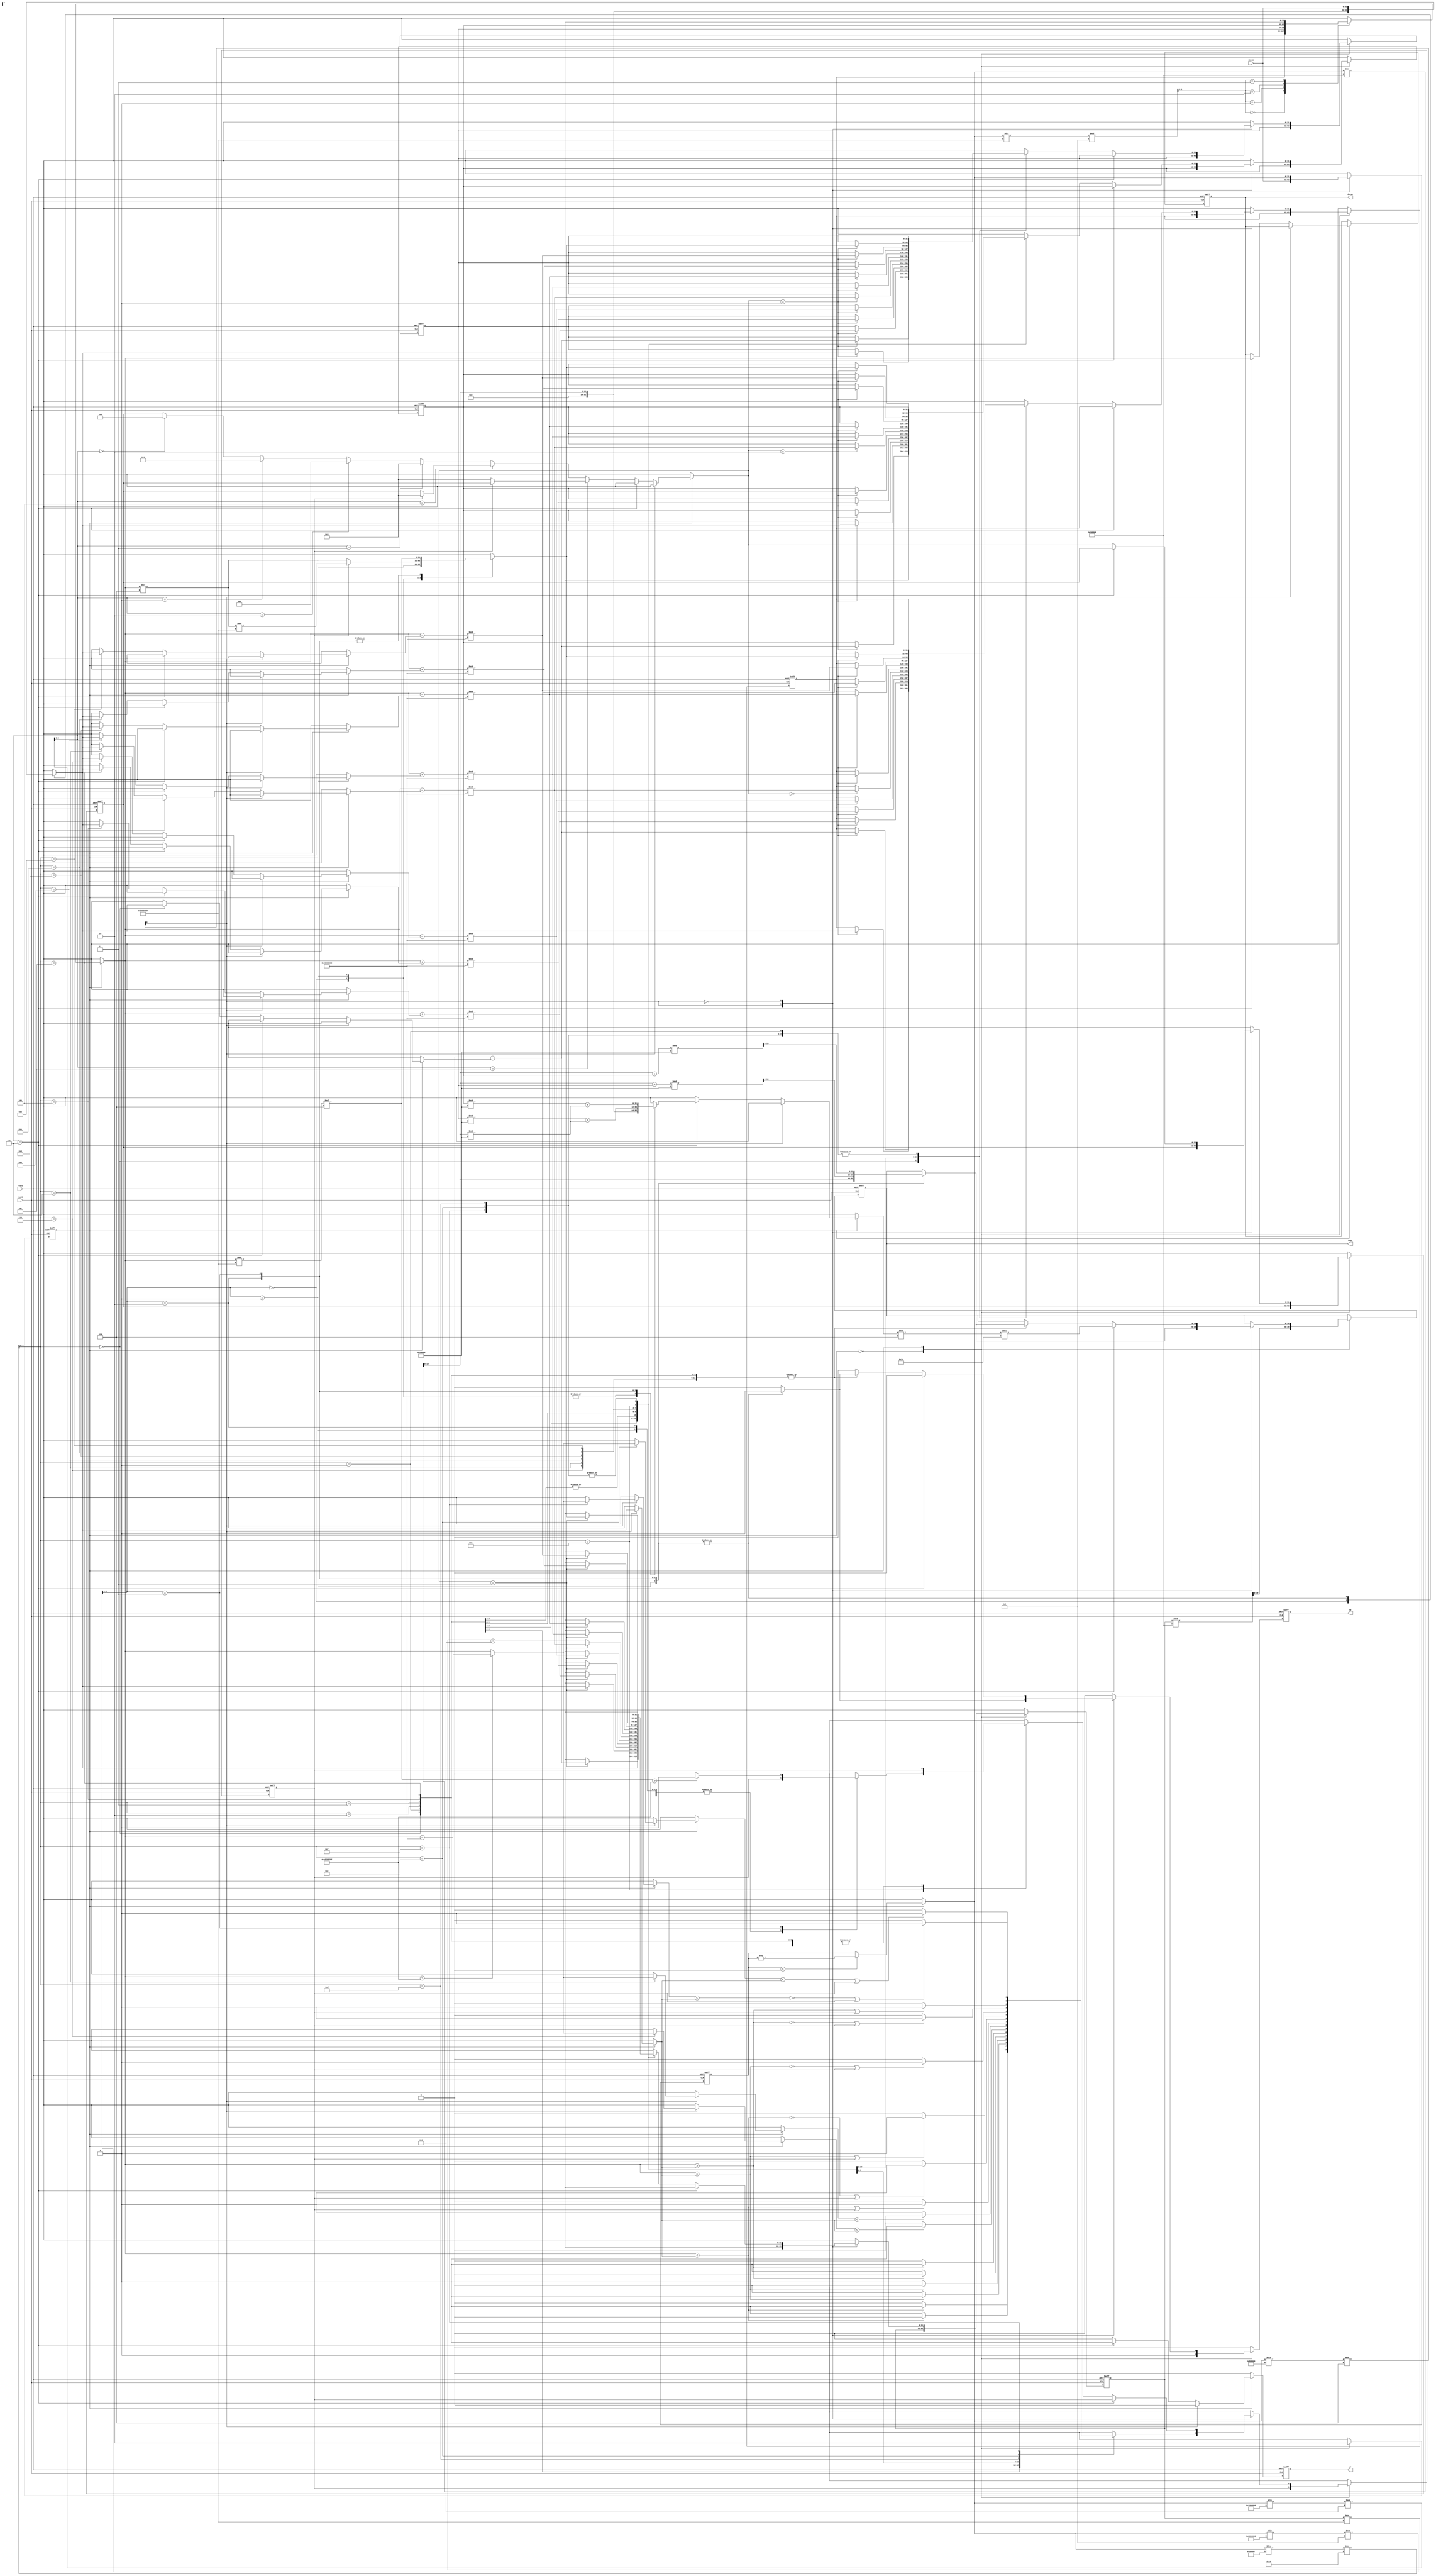
// This program was cloned from: https://github.com/HKUSTGZ-MICS-LYU/FlattenRTL
// License: MIT License

module b14 (
  input clock,
  input reset,
  output reg  [19:0] addr,
  input [31:0] datai,
  output integer datao,
  output reg  rd,
  output reg  wr) ; 
   integer reg0 ;  
   integer reg1 ;  
   integer reg2 ;  
   integer reg3 ;  
   reg B ;  
   reg [19:0] MAR ;  
   integer MBR ;  
   reg [1:0] mf ;  
   reg [2:0] df ;  
   reg [0:0] cf ;  
   reg [3:0] ff ;  
   reg [19:0] tail ;  
   integer IR ;  
   reg [0:0] state ;  
   integer r ;  
   integer m ;  
   integer t ;  
   integer d ;  
   integer temp ;  
   reg [1:0] s ;  
 parameter FETCH =0; 
 parameter EXEC =1; 
  always @(  posedge clock or  posedge reset)
       begin 
         if (reset==1'b1)
            begin 
              MAR =0;
              MBR =0;
              IR =0;
              d =0;
              r =0;
              m =0;
              s =0;
              temp =0;
              mf =0;
              df =0;
              ff =0;
              cf =0;
              tail =0;
              B =1'b0;
              reg0 =0;
              reg1 =0;
              reg2 =0;
              reg3 =0;
              addr <=0;
              rd <=1'b0;
              wr <=1'b0;
              datao <=0;
              state =FETCH;
            end 
          else 
            begin 
              rd <=1'b0;
              wr <=1'b0;
              case (state)
               FETCH :
                  begin 
                    MAR =reg3%2**20;
                    addr <=MAR;
                    rd <=1'b1;
                    MBR =datai;
                    IR =MBR;
                    state =EXEC;
                  end 
               EXEC :
                  begin 
                    if (IR<0)
                       IR =-IR;
                    mf =(IR/2**27)%4;
                    df =(IR/2**24)%2**3;
                    ff =(IR/2**19)%2**4;
                    cf =(IR/2**23)%2;
                    tail =IR%2**20;
                    reg3 =((reg3%2**29)+8);
                    s =(IR/2**29)%4;
                    case (s)
                     0 :
                        r =reg0;
                     1 :
                        r =reg1;
                     2 :
                        r =reg2;
                     3 :
                        r =reg3;
                    endcase 
                    case (cf)
                     1 :
                        begin 
                          case (mf)
                           0 :
                              m =tail;
                           1 :
                              begin 
                                m =datai;
                                addr <=tail;
                                rd <=1'b1;
                              end 
                           2 :
                              begin 
                                addr <=(tail+reg1)%2**20;
                                rd <=1'b1;
                                m =datai;
                              end 
                           3 :
                              begin 
                                addr <=(tail+reg2)%2**20;
                                rd <=1'b1;
                                m =datai;
                              end 
                          endcase 
                          case (ff)
                           0 :
                              if (r<m)
                                 B =1'b1;
                               else 
                                 B =1'b0;
                           1 :
                              if (~(r<m))
                                 B =1'b1;
                               else 
                                 B =1'b0;
                           2 :
                              if (r==m)
                                 B =1'b1;
                               else 
                                 B =1'b0;
                           3 :
                              if (~(r==m))
                                 B =1'b1;
                               else 
                                 B =1'b0;
                           4 :
                              if (~(r>m))
                                 B =1'b1;
                               else 
                                 B =1'b0;
                           5 :
                              if (r>m)
                                 B =1'b1;
                               else 
                                 B =1'b0;
                           6 :
                              begin 
                                if (r>2**30-1)
                                   r =r-2**30;
                                if (r<m)
                                   B =1'b1;
                                 else 
                                   B =1'b0;
                              end 
                           7 :
                              begin 
                                if (r>2**30-1)
                                   r =r-2**30;
                                if (~(r<m))
                                   B =1'b1;
                                 else 
                                   B =1'b0;
                              end 
                           8 :
                              if ((r<m)|(B==1'b1))
                                 B =1'b1;
                               else 
                                 B =1'b0;
                           9 :
                              if ((~(r<m))|(B==1'b1))
                                 B =1'b1;
                               else 
                                 B =1'b0;
                           10 :
                              if ((r==m)|(B==1'b1))
                                 B =1'b1;
                               else 
                                 B =1'b0;
                           11 :
                              if ((~(r==m))|(B==1'b1))
                                 B =1'b1;
                               else 
                                 B =1'b0;
                           12 :
                              if ((~(r>m))|(B==1'b1))
                                 B =1'b1;
                               else 
                                 B =1'b0;
                           13 :
                              if ((r>m)|(B==1'b1))
                                 B =1'b1;
                               else 
                                 B =1'b0;
                           14 :
                              begin 
                                if (r>2**30-1)
                                   r =r-2**30;
                                if ((r<m)|(B==1'b1))
                                   B =1'b1;
                                 else 
                                   B =1'b0;
                              end 
                           15 :
                              begin 
                                if (r>2**30-1)
                                   r =r-2**30;
                                if ((~(r<m))|(B==1'b1))
                                   B =1'b1;
                                 else 
                                   B =1'b0;
                              end 
                          endcase 
                        end 
                     0 :
                        if (~(df==7))
                           begin 
                             if (df==5)
                                begin 
                                  if ((~(B))==1'b1)
                                     d =3;
                                end 
                              else 
                                if (df==4)
                                   begin 
                                     if (B==1'b1)
                                        d =3;
                                   end 
                                 else 
                                   if (df==3)
                                      d =3;
                                    else 
                                      if (df==2)
                                         d =2;
                                       else 
                                         if (df==1)
                                            d =1;
                                          else 
                                            if (df==0)
                                               d =0;
                             case (ff)
                              0 :
                                 begin 
                                   case (mf)
                                    0 :
                                       m =tail;
                                    1 :
                                       begin 
                                         m =datai;
                                         addr <=tail;
                                         rd <=1'b1;
                                       end 
                                    2 :
                                       begin 
                                         addr <=(tail+reg1)%2**20;
                                         rd <=1'b1;
                                         m =datai;
                                       end 
                                    3 :
                                       begin 
                                         addr <=(tail+reg2)%2**20;
                                         rd <=1'b1;
                                         m =datai;
                                       end 
                                   endcase 
                                   t =0;
                                   case (d)
                                    0 :
                                       reg0 =t-m;
                                    1 :
                                       reg1 =t-m;
                                    2 :
                                       reg2 =t-m;
                                    3 :
                                       reg3 =t-m;
                                    default :;
                                   endcase 
                                 end 
                              1 :
                                 begin 
                                   case (mf)
                                    0 :
                                       m =tail;
                                    1 :
                                       begin 
                                         m =datai;
                                         addr <=tail;
                                         rd <=1'b1;
                                       end 
                                    2 :
                                       begin 
                                         addr <=(tail+reg1)%2**20;
                                         rd <=1'b1;
                                         m =datai;
                                       end 
                                    3 :
                                       begin 
                                         addr <=(tail+reg2)%2**20;
                                         rd <=1'b1;
                                         m =datai;
                                       end 
                                   endcase 
                                   reg2 =reg3;
                                   reg3 =m;
                                 end 
                              2 :
                                 begin 
                                   case (mf)
                                    0 :
                                       m =tail;
                                    1 :
                                       begin 
                                         m =datai;
                                         addr <=tail;
                                         rd <=1'b1;
                                       end 
                                    2 :
                                       begin 
                                         addr <=(tail+reg1)%2**20;
                                         rd <=1'b1;
                                         m =datai;
                                       end 
                                    3 :
                                       begin 
                                         addr <=(tail+reg2)%2**20;
                                         rd <=1'b1;
                                         m =datai;
                                       end 
                                   endcase 
                                   case (d)
                                    0 :
                                       reg0 =m;
                                    1 :
                                       reg1 =m;
                                    2 :
                                       reg2 =m;
                                    3 :
                                       reg3 =m;
                                    default :;
                                   endcase 
                                 end 
                              3 :
                                 begin 
                                   case (mf)
                                    0 :
                                       m =tail;
                                    1 :
                                       begin 
                                         m =datai;
                                         addr <=tail;
                                         rd <=1'b1;
                                       end 
                                    2 :
                                       begin 
                                         addr <=(tail+reg1)%2**20;
                                         rd <=1'b1;
                                         m =datai;
                                       end 
                                    3 :
                                       begin 
                                         addr <=(tail+reg2)%2**20;
                                         rd <=1'b1;
                                         m =datai;
                                       end 
                                   endcase 
                                   case (d)
                                    0 :
                                       reg0 =m;
                                    1 :
                                       reg1 =m;
                                    2 :
                                       reg2 =m;
                                    3 :
                                       reg3 =m;
                                    default :;
                                   endcase 
                                 end 
                              4 :
                                 begin 
                                   case (mf)
                                    0 :
                                       m =tail;
                                    1 :
                                       begin 
                                         m =datai;
                                         addr <=tail;
                                         rd <=1'b1;
                                       end 
                                    2 :
                                       begin 
                                         addr <=(tail+reg1)%2**20;
                                         rd <=1'b1;
                                         m =datai;
                                       end 
                                    3 :
                                       begin 
                                         addr <=(tail+reg2)%2**20;
                                         rd <=1'b1;
                                         m =datai;
                                       end 
                                   endcase 
                                   case (d)
                                    0 :
                                       reg0 =(r+m)%2**30;
                                    1 :
                                       reg1 =(r+m)%2**30;
                                    2 :
                                       reg2 =(r+m)%2**30;
                                    3 :
                                       reg3 =(r+m)%2**30;
                                    default :;
                                   endcase 
                                 end 
                              5 :
                                 begin 
                                   case (mf)
                                    0 :
                                       m =tail;
                                    1 :
                                       begin 
                                         m =datai;
                                         addr <=tail;
                                         rd <=1'b1;
                                       end 
                                    2 :
                                       begin 
                                         addr <=(tail+reg1)%2**20;
                                         rd <=1'b1;
                                         m =datai;
                                       end 
                                    3 :
                                       begin 
                                         addr <=(tail+reg2)%2**20;
                                         rd <=1'b1;
                                         m =datai;
                                       end 
                                   endcase 
                                   case (d)
                                    0 :
                                       reg0 =(r+m)%2**30;
                                    1 :
                                       reg1 =(r+m)%2**30;
                                    2 :
                                       reg2 =(r+m)%2**30;
                                    3 :
                                       reg3 =(r+m)%2**30;
                                    default :;
                                   endcase 
                                 end 
                              6 :
                                 begin 
                                   case (mf)
                                    0 :
                                       m =tail;
                                    1 :
                                       begin 
                                         m =datai;
                                         addr <=tail;
                                         rd <=1'b1;
                                       end 
                                    2 :
                                       begin 
                                         addr <=(tail+reg1)%2**20;
                                         rd <=1'b1;
                                         m =datai;
                                       end 
                                    3 :
                                       begin 
                                         addr <=(tail+reg2)%2**20;
                                         rd <=1'b1;
                                         m =datai;
                                       end 
                                   endcase 
                                   case (d)
                                    0 :
                                       reg0 =(r-m)%2**30;
                                    1 :
                                       reg1 =(r-m)%2**30;
                                    2 :
                                       reg2 =(r-m)%2**30;
                                    3 :
                                       reg3 =(r-m)%2**30;
                                    default :;
                                   endcase 
                                 end 
                              7 :
                                 begin 
                                   case (mf)
                                    0 :
                                       m =tail;
                                    1 :
                                       begin 
                                         m =datai;
                                         addr <=tail;
                                         rd <=1'b1;
                                       end 
                                    2 :
                                       begin 
                                         addr <=(tail+reg1)%2**20;
                                         rd <=1'b1;
                                         m =datai;
                                       end 
                                    3 :
                                       begin 
                                         addr <=(tail+reg2)%2**20;
                                         rd <=1'b1;
                                         m =datai;
                                       end 
                                   endcase 
                                   case (d)
                                    0 :
                                       reg0 =(r-m)%2**30;
                                    1 :
                                       reg1 =(r-m)%2**30;
                                    2 :
                                       reg2 =(r-m)%2**30;
                                    3 :
                                       reg3 =(r-m)%2**30;
                                    default :;
                                   endcase 
                                 end 
                              8 :
                                 begin 
                                   case (mf)
                                    0 :
                                       m =tail;
                                    1 :
                                       begin 
                                         m =datai;
                                         addr <=tail;
                                         rd <=1'b1;
                                       end 
                                    2 :
                                       begin 
                                         addr <=(tail+reg1)%2**20;
                                         rd <=1'b1;
                                         m =datai;
                                       end 
                                    3 :
                                       begin 
                                         addr <=(tail+reg2)%2**20;
                                         rd <=1'b1;
                                         m =datai;
                                       end 
                                   endcase 
                                   case (d)
                                    0 :
                                       reg0 =(r+m)%2**30;
                                    1 :
                                       reg1 =(r+m)%2**30;
                                    2 :
                                       reg2 =(r+m)%2**30;
                                    3 :
                                       reg3 =(r+m)%2**30;
                                    default :;
                                   endcase 
                                 end 
                              9 :
                                 begin 
                                   case (mf)
                                    0 :
                                       m =tail;
                                    1 :
                                       begin 
                                         m =datai;
                                         addr <=tail;
                                         rd <=1'b1;
                                       end 
                                    2 :
                                       begin 
                                         addr <=(tail+reg1)%2**20;
                                         rd <=1'b1;
                                         m =datai;
                                       end 
                                    3 :
                                       begin 
                                         addr <=(tail+reg2)%2**20;
                                         rd <=1'b1;
                                         m =datai;
                                       end 
                                   endcase 
                                   case (d)
                                    0 :
                                       reg0 =(r-m)%2**30;
                                    1 :
                                       reg1 =(r-m)%2**30;
                                    2 :
                                       reg2 =(r-m)%2**30;
                                    3 :
                                       reg3 =(r-m)%2**30;
                                    default :;
                                   endcase 
                                 end 
                              10 :
                                 begin 
                                   case (mf)
                                    0 :
                                       m =tail;
                                    1 :
                                       begin 
                                         m =datai;
                                         addr <=tail;
                                         rd <=1'b1;
                                       end 
                                    2 :
                                       begin 
                                         addr <=(tail+reg1)%2**20;
                                         rd <=1'b1;
                                         m =datai;
                                       end 
                                    3 :
                                       begin 
                                         addr <=(tail+reg2)%2**20;
                                         rd <=1'b1;
                                         m =datai;
                                       end 
                                   endcase 
                                   case (d)
                                    0 :
                                       reg0 =(r+m)%2**30;
                                    1 :
                                       reg1 =(r+m)%2**30;
                                    2 :
                                       reg2 =(r+m)%2**30;
                                    3 :
                                       reg3 =(r+m)%2**30;
                                    default :;
                                   endcase 
                                 end 
                              11 :
                                 begin 
                                   case (mf)
                                    0 :
                                       m =tail;
                                    1 :
                                       begin 
                                         m =datai;
                                         addr <=tail;
                                         rd <=1'b1;
                                       end 
                                    2 :
                                       begin 
                                         addr <=(tail+reg1)%2**20;
                                         rd <=1'b1;
                                         m =datai;
                                       end 
                                    3 :
                                       begin 
                                         addr <=(tail+reg2)%2**20;
                                         rd <=1'b1;
                                         m =datai;
                                       end 
                                   endcase 
                                   case (d)
                                    0 :
                                       reg0 =(r-m)%2**30;
                                    1 :
                                       reg1 =(r-m)%2**30;
                                    2 :
                                       reg2 =(r-m)%2**30;
                                    3 :
                                       reg3 =(r-m)%2**30;
                                    default :;
                                   endcase 
                                 end 
                              12 :
                                 begin 
                                   case (mf)
                                    0 :
                                       t =r/2;
                                    1 :
                                       begin 
                                         t =r/2;
                                         if (B==1'b1)
                                            t =t%2**29;
                                       end 
                                    2 :
                                       t =(r%2**29)*2;
                                    3 :
                                       begin 
                                         t =(r%2**29)*2;
                                         if (t>2**30-1)
                                            B =1'b1;
                                          else 
                                            B =1'b0;
                                       end 
                                    default :;
                                   endcase 
                                   case (d)
                                    0 :
                                       reg0 =t;
                                    1 :
                                       reg1 =t;
                                    2 :
                                       reg2 =t;
                                    3 :
                                       reg3 =t;
                                    default :;
                                   endcase 
                                 end 
                              13 ,14,15:;
                             endcase 
                           end 
                         else 
                           if (df==7)
                              begin 
                                case (mf)
                                 0 :
                                    m =tail;
                                 1 :
                                    m =tail;
                                 2 :
                                    m =(reg1%2**20)+(tail%2**20);
                                 3 :
                                    m =(reg2%2**20)+(tail%2**20);
                                endcase 
                                addr <=m%2*20;
                                wr <=1'b1;
                                datao <=r;
                              end 
                    endcase 
                    state =FETCH;
                  end 
              endcase 
            end 
       end
  
endmodule
 
module b15 (
  output reg  [3:0] BE_n,
  output reg  [29:0] Address,
  output reg  W_R_n,
  output reg  D_C_n,
  output reg  M_IO_n,
  output reg  ADS_n,
  input [31:0] Datai,
  output integer Datao,
  input CLOCK,
  input NA_n,
  input BS16_n,
  input READY_n,
  input HOLD,
  input RESET) ; 
   reg StateNA ;  
   reg StateBS16 ;  
   reg RequestPending ;  
 parameter Pending =1'b1; 
 parameter NotPending =1'b0; 
   reg NonAligned ;  
   reg ReadRequest ;  
   reg MemoryFetch ;  
   reg CodeFetch ;  
   reg [3:0] ByteEnable ;  
   integer DataWidth ;  
 parameter WidthByte =0; 
 parameter WidthWord =1; 
 parameter WidthDword =2; 
   reg [2:0] State ;  
 parameter StateInit =0; 
 parameter StateTi =1; 
 parameter StateT1 =2; 
 parameter StateT2 =3; 
 parameter StateT1P =4; 
 parameter StateTh =5; 
 parameter StateT2P =6; 
 parameter StateT2I =7; 
   integer EAX ;  
   integer EBX ;  
   integer rEIP ;  
 parameter REP =8'hF3; 
 parameter REPNE =8'hF2; 
 parameter LOCK =8'hF0; 
 parameter CSsop =8'h2E; 
 parameter SSsop =8'h36; 
 parameter DSsop =8'h3E; 
 parameter ESsop =8'h26; 
 parameter FSsop =8'h64; 
 parameter GSsop =8'h65; 
 parameter OPsop =8'h66; 
 parameter ADsop =8'h67; 
 parameter MOV_al_b =8'hB0; 
 parameter MOV_eax_dw =8'hB8; 
 parameter MOV_ebx_dw =8'hBB; 
 parameter MOV_ebx_eax =8'h89; 
 parameter MOV_eax_ebx =8'h8B; 
 parameter IN_al =8'hE4; 
 parameter OUT_al =8'hE6; 
 parameter ADD_al_b =8'h04; 
 parameter ADD_ax_w =8'h05; 
 parameter ROL_eax_b =8'hD1; 
 parameter ROL_al_1 =8'hD0; 
 parameter ROL_al_n =8'hC0; 
 parameter INC_eax =8'h40; 
 parameter INC_ebx =8'h43; 
 parameter JMP_rel_short =8'hEB; 
 parameter JMP_rel_near =8'hE9; 
 parameter JMP_intseg_immed =8'hEA; 
 parameter HLT =8'hF4; 
 parameter WAITx =8'h9B; 
 parameter NOP =8'h90; 
   reg [7:0] InstQueue[15:0] ;  
   reg [4:0] InstQueueRd_Addr ;  
   reg [4:0] InstQueueWr_Addr ;  
 parameter InstQueueLimit =15; 
   integer InstAddrPointer ;  
   integer PhyAddrPointer ;  
   reg Extended ;  
   reg More ;  
   reg Flush ;  
   reg [15:0] lWord ;  
   reg [14:0] uWord ;  
   integer fWord ;  
   reg [3:0] State2 ;  
 parameter Si =0; 
 parameter S1 =1; 
 parameter S2 =2; 
 parameter S3 =3; 
 parameter S4 =4; 
 parameter S5 =5; 
 parameter S6 =6; 
 parameter S7 =7; 
 parameter S8 =8; 
 parameter S9 =9; 
  always @(  posedge CLOCK or  posedge RESET)
       begin 
         if (RESET==1'b1)
            begin 
              BE_n <=4'b0000;
              Address <=0;
              W_R_n <=1'b0;
              D_C_n <=1'b0;
              M_IO_n <=1'b0;
              ADS_n <=1'b0;
              State <=StateInit;
              StateNA <=1'b0;
              StateBS16 <=1'b0;
              DataWidth <=0;
            end 
          else 
            case (State)
             StateInit :
                begin 
                  D_C_n <=1'b1;
                  ADS_n <=1'b1;
                  State <=StateTi;
                  StateNA <=1'b1;
                  StateBS16 <=1'b1;
                  DataWidth <=2;
                  State <=StateTi;
                end 
             StateTi :
                if (RequestPending==Pending)
                   State <=StateT1;
                 else 
                   if (HOLD==1'b1)
                      State <=StateTh;
                    else 
                      State <=StateTi;
             StateT1 :
                begin 
                  Address <=rEIP/4%2**30;
                  BE_n <=ByteEnable;
                  M_IO_n <=MemoryFetch;
                  if (ReadRequest==Pending)
                     W_R_n <=1'b0;
                   else 
                     W_R_n <=1'b1;
                  if (CodeFetch==Pending)
                     D_C_n <=1'b0;
                   else 
                     D_C_n <=1'b1;
                  ADS_n <=1'b0;
                  State <=StateT2;
                end 
             StateT2 :
                begin 
                  if (READY_n==1'b0&HOLD==1'b0&RequestPending==Pending)
                     State <=StateT1;
                   else 
                     if (READY_n==1'b1&NA_n==1'b1);
                      else 
                        if ((RequestPending==Pending|HOLD==1'b1)&(READY_n==1'b1&NA_n==1'b0))
                           State <=StateT2I;
                         else 
                           if (RequestPending==Pending&HOLD==1'b0&READY_n==1'b1&NA_n==1'b0)
                              State <=StateT2P;
                            else 
                              if (RequestPending==NotPending&HOLD==1'b0&READY_n==1'b0)
                                 State <=StateTi;
                               else 
                                 if (HOLD==1'b1&READY_n==1'b1)
                                    State <=StateTh;
                                  else 
                                    State <=StateT2;
                  StateBS16 <=BS16_n;
                  if (BS16_n==1'b0)
                     DataWidth <=WidthWord;
                   else 
                     DataWidth <=WidthDword;
                  StateNA <=NA_n;
                  ADS_n <=1'b1;
                end 
             StateT1P :
                begin 
                  if (NA_n==1'b0&HOLD==1'b0&RequestPending==Pending)
                     State <=StateT2P;
                   else 
                     if (NA_n==1'b0&(HOLD==1'b1|RequestPending==NotPending))
                        State <=StateT2I;
                      else 
                        if (NA_n==1'b1)
                           State <=StateT2;
                         else 
                           State <=StateT1P;
                  StateBS16 <=BS16_n;
                  if (BS16_n==1'b0)
                     DataWidth <=WidthWord;
                   else 
                     DataWidth <=WidthDword;
                  StateNA <=NA_n;
                  ADS_n <=1'b1;
                end 
             StateTh :
                if (HOLD==1'b0&RequestPending==Pending)
                   State <=StateT1;
                 else 
                   if (HOLD==1'b0&RequestPending==NotPending)
                      State <=StateTi;
                    else 
                      State <=StateTh;
             StateT2P :
                begin 
                  Address <=rEIP/2%2**30;
                  BE_n <=ByteEnable;
                  M_IO_n <=MemoryFetch;
                  if (ReadRequest==Pending)
                     W_R_n <=1'b0;
                   else 
                     W_R_n <=1'b1;
                  if (CodeFetch==Pending)
                     D_C_n <=1'b0;
                   else 
                     D_C_n <=1'b1;
                  ADS_n <=1'b0;
                  if (READY_n==1'b0)
                     State <=StateT1P;
                   else 
                     State <=StateT2P;
                end 
             StateT2I :
                if (READY_n==1'b1&RequestPending==Pending&HOLD==1'b0)
                   State <=StateT2P;
                 else 
                   if (READY_n==1'b0&HOLD==1'b1)
                      State <=StateTh;
                    else 
                      if (READY_n==1'b0&HOLD==1'b0&RequestPending==Pending)
                         State <=StateT1;
                       else 
                         if (READY_n==1'b0&HOLD==1'b0&RequestPending==NotPending)
                            State <=StateTi;
                          else 
                            State <=StateT2I;
            endcase 
       end
  
  always @(  posedge CLOCK or  posedge RESET)
       begin 
         if (RESET==1'b1)
            begin 
              State2 =Si;
              InstQueue [0]=8'b0000_0000;
              InstQueue [1]=8'b0000_0000;
              InstQueue [2]=8'b0000_0000;
              InstQueue [3]=8'b0000_0000;
              InstQueue [4]=8'b0000_0000;
              InstQueue [5]=8'b0000_0000;
              InstQueue [6]=8'b0000_0000;
              InstQueue [7]=8'b0000_0000;
              InstQueue [8]=8'b0000_0000;
              InstQueue [9]=8'b0000_0000;
              InstQueue [10]=8'b0000_0000;
              InstQueue [11]=8'b0000_0000;
              InstQueue [12]=8'b0000_0000;
              InstQueue [13]=8'b0000_0000;
              InstQueue [14]=8'b0000_0000;
              InstQueue [15]=8'b0000_0000;
              InstQueueRd_Addr =0;
              InstQueueWr_Addr =0;
              InstAddrPointer =0;
              PhyAddrPointer =0;
              Extended =1'b0;
              More =1'b0;
              Flush =1'b0;
              lWord =0;
              uWord =0;
              fWord =0;
              CodeFetch <=1'b0;
              Datao <=0;
              EAX <=0;
              EBX <=0;
              rEIP <=0;
              ReadRequest <=1'b0;
              MemoryFetch <=1'b0;
              RequestPending <=1'b0;
            end 
          else 
            case (State2)
             Si :
                begin 
                  PhyAddrPointer =rEIP;
                  InstAddrPointer =PhyAddrPointer;
                  State2 =S1;
                  rEIP <=20'hFFFF0;
                  ReadRequest <=1'b1;
                  MemoryFetch <=1'b1;
                  RequestPending <=1'b1;
                end 
             S1 :
                begin 
                  RequestPending <=Pending;
                  ReadRequest <=Pending;
                  MemoryFetch <=Pending;
                  CodeFetch <=Pending;
                  if (READY_n==1'b0)
                     State2 =S2;
                   else 
                     State2 =S1;
                end 
             S2 :
                begin 
                  RequestPending <=NotPending;
                  InstQueue [InstQueueWr_Addr]=Datai%(2**8);
                  InstQueueWr_Addr =(InstQueueWr_Addr+1)%16;
                  InstQueue [InstQueueWr_Addr]=Datai%2**8;
                  InstQueueWr_Addr =(InstQueueWr_Addr+1)%16;
                  if (StateBS16==1'b1)
                     begin 
                       InstQueue [InstQueueWr_Addr]=(Datai/(2**16))%(2**8);
                       InstQueueWr_Addr =(InstQueueWr_Addr+1)%16;
                       InstQueue [InstQueueWr_Addr]=(Datai/(2**24))%(2**8);
                       InstQueueWr_Addr =(InstQueueWr_Addr+1)%16;
                       PhyAddrPointer =PhyAddrPointer+4;
                       State2 =S5;
                     end 
                   else 
                     begin 
                       PhyAddrPointer =PhyAddrPointer+2;
                       if (PhyAddrPointer<0)
                          rEIP <=-PhyAddrPointer;
                        else 
                          rEIP <=PhyAddrPointer;
                       State2 =S3;
                     end 
                end 
             S3 :
                begin 
                  RequestPending <=Pending;
                  if (READY_n==1'b0)
                     State2 =S4;
                   else 
                     State2 =S3;
                end 
             S4 :
                begin 
                  RequestPending <=NotPending;
                  InstQueue [InstQueueWr_Addr]=Datai%(2**8);
                  InstQueueWr_Addr =(InstQueueWr_Addr+1)%16;
                  InstQueue [InstQueueWr_Addr]=Datai%(2**8);
                  InstQueueWr_Addr =(InstQueueWr_Addr+1)%16;
                  PhyAddrPointer =PhyAddrPointer+2;
                  State2 =S5;
                end 
             S5 :
                begin 
                  case (InstQueue[InstQueueRd_Addr])
                   NOP :
                      begin 
                        InstAddrPointer =InstAddrPointer+1;
                        InstQueueRd_Addr =(InstQueueRd_Addr+1)%16;
                        Flush =1'b0;
                        More =1'b0;
                      end 
                   OPsop :
                      begin 
                        InstAddrPointer =InstAddrPointer+1;
                        InstQueueRd_Addr =(InstQueueRd_Addr+1)%16;
                        Extended =1'b1;
                        Flush =1'b0;
                        More =1'b0;
                      end 
                   JMP_rel_short :
                      if ((InstQueueWr_Addr-InstQueueRd_Addr)>=3)
                         begin 
                           if (InstQueue[(InstQueueRd_Addr+1)%16]>127)
                              begin 
                                PhyAddrPointer =InstAddrPointer+1-(8'hFF-InstQueue[(InstQueueRd_Addr+1)%16]);
                                InstAddrPointer =PhyAddrPointer;
                              end 
                            else 
                              begin 
                                PhyAddrPointer =InstAddrPointer+2+InstQueue[(InstQueueRd_Addr+1)%16];
                                InstAddrPointer =PhyAddrPointer;
                              end 
                           Flush =1'b1;
                           More =1'b0;
                         end 
                       else 
                         begin 
                           Flush =1'b0;
                           More =1'b1;
                         end 
                   JMP_rel_near :
                      if ((InstQueueWr_Addr-InstQueueRd_Addr)>=5)
                         begin 
                           PhyAddrPointer =InstAddrPointer+5+InstQueue[(InstQueueRd_Addr+1)%16];
                           InstAddrPointer =PhyAddrPointer;
                           Flush =1'b1;
                           More =1'b0;
                         end 
                       else 
                         begin 
                           Flush =1'b0;
                           More =1'b1;
                         end 
                   JMP_intseg_immed :
                      begin 
                        InstAddrPointer =InstAddrPointer+1;
                        InstQueueRd_Addr =(InstQueueRd_Addr+1)%16;
                        Flush =1'b0;
                        More =1'b0;
                      end 
                   MOV_al_b :
                      begin 
                        InstAddrPointer =InstAddrPointer+1;
                        InstQueueRd_Addr =(InstQueueRd_Addr+1)%16;
                        Flush =1'b0;
                        More =1'b0;
                      end 
                   MOV_eax_dw :
                      if ((InstQueueWr_Addr-InstQueueRd_Addr)>=5)
                         begin 
                           EAX <=InstQueue[(InstQueueRd_Addr+4)%16]*(2**23)+InstQueue[(InstQueueRd_Addr+3)%16]*(2**16)+InstQueue[(InstQueueRd_Addr+2)%16]*(2**8)+InstQueue[(InstQueueRd_Addr+1)%16];
                           More =1'b0;
                           Flush =1'b0;
                           InstAddrPointer =InstAddrPointer+5;
                           InstQueueRd_Addr =(InstQueueRd_Addr+5)%16;
                         end 
                       else 
                         begin 
                           Flush =1'b0;
                           More =1'b1;
                         end 
                   MOV_ebx_dw :
                      if ((InstQueueWr_Addr-InstQueueRd_Addr)>=5)
                         begin 
                           EBX <=InstQueue[(InstQueueRd_Addr+4)%16]*(2**23)+InstQueue[(InstQueueRd_Addr+3)%16]*(2**16)+InstQueue[(InstQueueRd_Addr+2)%16]*(2**8)+InstQueue[(InstQueueRd_Addr+1)%1];
                           More =1'b0;
                           Flush =1'b0;
                           InstAddrPointer =InstAddrPointer+5;
                           InstQueueRd_Addr =(InstQueueRd_Addr+5)%16;
                         end 
                       else 
                         begin 
                           Flush =1'b0;
                           More =1'b1;
                         end 
                   MOV_eax_ebx :
                      if ((InstQueueWr_Addr-InstQueueRd_Addr)>=2)
                         begin 
                           if (EBX<0)
                              rEIP <=-EBX;
                            else 
                              rEIP <=EBX;
                           RequestPending <=Pending;
                           ReadRequest <=Pending;
                           MemoryFetch <=Pending;
                           CodeFetch <=NotPending;
                           if (READY_n==1'b0)
                              begin 
                                RequestPending <=NotPending;
                                uWord =Datai%(2**15);
                                if (StateBS16==1'b1)
                                   lWord =Datai%(2**16);
                                 else 
                                   begin 
                                     rEIP <=rEIP+2;
                                     RequestPending <=Pending;
                                     if (READY_n==1'b0)
                                        begin 
                                          RequestPending <=NotPending;
                                          lWord =Datai%(2**16);
                                        end 
                                   end 
                                if (READY_n==1'b0)
                                   begin 
                                     EAX <=uWord*(2**16)+lWord;
                                     More =1'b0;
                                     Flush =1'b0;
                                     InstAddrPointer =InstAddrPointer+2;
                                     InstQueueRd_Addr =(InstQueueRd_Addr+2)%16;
                                   end 
                              end 
                         end 
                       else 
                         begin 
                           Flush =1'b0;
                           More =1'b1;
                         end 
                   MOV_ebx_eax :
                      if ((InstQueueWr_Addr-InstQueueRd_Addr)>=2)
                         begin 
                           if (EBX<0)
                              rEIP <=EBX;
                            else 
                              rEIP <=EBX;
                           lWord =EAX%(2**16);
                           uWord =(EAX/(2**16))%(2**15);
                           RequestPending <=Pending;
                           ReadRequest <=NotPending;
                           MemoryFetch <=Pending;
                           CodeFetch <=NotPending;
                           if (State==StateT1|State==StateT1P)
                              begin 
                                Datao <=(uWord*(2**16)+lWord);
                                if (READY_n==1'b0)
                                   begin 
                                     RequestPending <=NotPending;
                                     if (StateBS16==1'b0)
                                        begin 
                                          rEIP <=rEIP+2;
                                          RequestPending <=Pending;
                                          ReadRequest <=NotPending;
                                          MemoryFetch <=Pending;
                                          CodeFetch <=NotPending;
                                          State2 =S6;
                                        end 
                                     More =1'b0;
                                     Flush =1'b0;
                                     InstAddrPointer =InstAddrPointer+2;
                                     InstQueueRd_Addr =(InstQueueRd_Addr+2)%16;
                                   end 
                              end 
                         end 
                       else 
                         begin 
                           Flush =1'b0;
                           More =1'b1;
                         end 
                   IN_al :
                      if ((InstQueueWr_Addr-InstQueueRd_Addr)>=2)
                         begin 
                           rEIP <=InstQueueRd_Addr+1;
                           RequestPending <=Pending;
                           ReadRequest <=Pending;
                           MemoryFetch <=NotPending;
                           CodeFetch <=NotPending;
                           if (READY_n==1'b0)
                              begin 
                                RequestPending <=NotPending;
                                EAX <=Datai;
                                InstAddrPointer =InstAddrPointer+2;
                                InstQueueRd_Addr =(InstQueueRd_Addr+2);
                                Flush =1'b0;
                                More =1'b0;
                              end 
                         end 
                       else 
                         begin 
                           Flush =1'b0;
                           More =1'b1;
                         end 
                   OUT_al :
                      if ((InstQueueWr_Addr-InstQueueRd_Addr)>=2)
                         begin 
                           rEIP <=InstQueueRd_Addr+1;
                           RequestPending <=Pending;
                           ReadRequest <=NotPending;
                           MemoryFetch <=NotPending;
                           CodeFetch <=NotPending;
                           if (State==StateT1|State==StateT1P)
                              begin 
                                fWord =EAX%(2**16);
                                Datao <=fWord;
                                if (READY_n==1'b0)
                                   begin 
                                     RequestPending <=NotPending;
                                     InstAddrPointer =InstAddrPointer+2;
                                     InstQueueRd_Addr =(InstQueueRd_Addr+2)%16;
                                     Flush =1'b0;
                                     More =1'b0;
                                   end 
                              end 
                         end 
                       else 
                         begin 
                           Flush =1'b0;
                           More =1'b1;
                         end 
                   ADD_al_b :
                      begin 
                        InstAddrPointer =InstAddrPointer+1;
                        InstQueueRd_Addr =(InstQueueRd_Addr+1)%16;
                        Flush =1'b0;
                        More =1'b0;
                      end 
                   ADD_ax_w :
                      begin 
                        InstAddrPointer =InstAddrPointer+1;
                        InstQueueRd_Addr =(InstQueueRd_Addr+1)%16;
                        Flush =1'b0;
                        More =1'b0;
                      end 
                   ROL_al_1 :
                      begin 
                        InstAddrPointer =InstAddrPointer+2;
                        InstQueueRd_Addr =(InstQueueRd_Addr+2)%16;
                        Flush =1'b0;
                        More =1'b0;
                      end 
                   ROL_al_n :
                      begin 
                        InstAddrPointer =InstAddrPointer+2;
                        InstQueueRd_Addr =(InstQueueRd_Addr+2)%16;
                        Flush =1'b0;
                        More =1'b0;
                      end 
                   INC_eax :
                      begin 
                        EAX <=EAX+1;
                        InstAddrPointer =InstAddrPointer+1;
                        InstQueueRd_Addr =(InstQueueRd_Addr+1)%16;
                        Flush =1'b0;
                        More =1'b0;
                      end 
                   INC_ebx :
                      begin 
                        EBX <=EBX+1;
                        InstAddrPointer =InstAddrPointer+1;
                        InstQueueRd_Addr =(InstQueueRd_Addr+1)%16;
                        Flush =1'b0;
                        More =1'b0;
                      end 
                   default :
                      begin 
                        InstAddrPointer =InstAddrPointer+1;
                        InstQueueRd_Addr =(InstQueueRd_Addr+1)%16;
                        Flush =1'b0;
                        More =1'b0;
                      end 
                  endcase 
                  if ((~(InstQueueRd_Addr<InstQueueWr_Addr))|(((InstQueueLimit-InstQueueRd_Addr)<4)|Flush|More))
                     State2 =S7;
                end 
             S6 :
                begin 
                  Datao <=(uWord*(2**16)+lWord);
                  if (READY_n==1'b0)
                     begin 
                       RequestPending <=NotPending;
                       State2 =S5;
                     end 
                end 
             S7 :
                begin 
                  if (Flush)
                     begin 
                       InstQueueRd_Addr =1;
                       InstQueueWr_Addr =1;
                       if (InstAddrPointer<0)
                          fWord =-InstAddrPointer;
                        else 
                          fWord =InstAddrPointer;
                       if (fWord%2==1)
                          InstQueueRd_Addr =(InstQueueRd_Addr+fWord%4)%16;
                     end 
                  if ((InstQueueLimit-InstQueueRd_Addr)<3)
                     begin 
                       State2 =S8;
                       InstQueueWr_Addr =0;
                     end 
                   else 
                     State2 =S9;
                end 
             S8 :
                if (InstQueueRd_Addr<=InstQueueLimit)
                   begin 
                     InstQueue [InstQueueWr_Addr]=InstQueue[InstQueueRd_Addr];
                     InstQueueRd_Addr =(InstQueueRd_Addr+1)%16;
                     InstQueueWr_Addr =(InstQueueWr_Addr+1)%16;
                     State2 =S8;
                   end 
                 else 
                   begin 
                     InstQueueRd_Addr =0;
                     State2 =S9;
                   end 
             S9 :
                begin 
                  rEIP <=PhyAddrPointer;
                  State2 =S1;
                end 
            endcase 
       end
  
  always @(  posedge CLOCK or  posedge RESET)
       begin 
         if (RESET==1'b1)
            begin 
              ByteEnable <=4'b0000;
              NonAligned <=1'b0;
            end 
          else 
            case (DataWidth)
             WidthByte :
                case (rEIP%4)
                 0 :
                    ByteEnable <=4'b1110;
                 1 :
                    ByteEnable <=4'b1101;
                 2 :
                    ByteEnable <=4'b1011;
                 3 :
                    ByteEnable <=4'b0111;
                 default :;
                endcase 
             WidthWord :
                case (rEIP%4)
                 0 :
                    begin 
                      ByteEnable <=4'b1100;
                      NonAligned <=NotPending;
                    end 
                 1 :
                    begin 
                      ByteEnable <=4'b1001;
                      NonAligned <=NotPending;
                    end 
                 2 :
                    begin 
                      ByteEnable <=4'b0011;
                      NonAligned <=NotPending;
                    end 
                 3 :
                    begin 
                      ByteEnable <=4'b0111;
                      NonAligned <=Pending;
                    end 
                 default :;
                endcase 
             WidthDword :
                case (rEIP%4)
                 0 :
                    begin 
                      ByteEnable <=4'b0000;
                      NonAligned <=NotPending;
                    end 
                 1 :
                    begin 
                      ByteEnable <=4'b0001;
                      NonAligned <=Pending;
                    end 
                 2 :
                    begin 
                      NonAligned <=Pending;
                      ByteEnable <=4'b0011;
                    end 
                 3 :
                    begin 
                      NonAligned <=Pending;
                      ByteEnable <=4'b0111;
                    end 
                 default :;
                endcase 
             default :;
            endcase 
       end
  
endmodule
 
module b17 (
  input clock,
  input reset,
  input [31:0] datai,
  output integer datao,
  input hold,
  input na,
  input bs16,
  output reg  [29:0] address1,
  output reg  [29:0] address2,
  output reg  wr,
  output reg  dc,
  output reg  mio,
  output reg  ast1,
  output reg  ast2,
  input ready1,
  input ready2) ; 
   integer buf1 ;  
   integer buf2 ;  
   wire [3:0] be1 ;  
   wire [3:0] be2 ;  
   wire [3:0] be3 ;  
   wire [29:0] addr1 ;  
   wire [29:0] addr2 ;  
   wire [29:0] addr3 ;  
   wire wr1 ;  
   wire wr2 ;  
   wire wr3 ;  
   wire dc1 ;  
   wire dc2 ;  
   wire dc3 ;  
   wire mio1 ;  
   wire mio2 ;  
   wire mio3 ;  
   wire ads1 ;  
   wire ads2 ;  
   wire ads3 ;  
   integer di1 ;  
   integer di2 ;  
   integer di3 ;  
   wire [31:0] do1 ;  
   wire [31:0] do2 ;  
   wire [31:0] do3 ;  
   reg rdy1 ;  
   reg rdy2 ;  
   reg rdy3 ;  
   reg ready11 ;  
   reg ready12 ;  
   reg ready21 ;  
   reg ready22 ;  
  always @(  posedge clock or  posedge reset)
       if (reset==1'b1)
          begin 
            buf1 <=0;
            ready11 <=1'b0;
            ready12 <=1'b0;
          end 
        else 
          begin 
            if (addr1>2**29&ads1==1'b0&mio1==1'b1&dc1==1'b0&wr1==1'b1&be1==4'b0000)
               begin 
                 buf1 <=do1;
                 ready11 <=1'b0;
                 ready12 <=1'b1;
               end 
             else 
               if (addr2>2**29&ads2==1'b0&mio2==1'b1&dc2==1'b0&wr2==1'b1&be2==4'b0000)
                  begin 
                    buf1 <=do2;
                    ready11 <=1'b1;
                    ready12 <=1'b0;
                  end 
                else 
                  begin 
                    ready11 <=1'b1;
                    ready12 <=1'b1;
                  end 
          end
  
  always @(  posedge clock or  posedge reset)
       if (reset==1'b1)
          begin 
            buf2 <=0;
            ready21 <=1'b0;
            ready22 <=1'b0;
          end 
        else 
          begin 
            if (addr2<2**29&ads2==1'b0&mio2==1'b1&dc2==1'b0&wr2==1'b1&be2==4'b0000)
               begin 
                 buf2 <=do2;
                 ready21 <=1'b0;
                 ready22 <=1'b1;
               end 
             else 
               if (ads3==1'b0&mio3==1'b1&dc3==1'b0&wr3==1'b0&be3==4'b0000)
                  begin 
                    ready21 <=1'b1;
                    ready22 <=1'b0;
                  end 
                else 
                  begin 
                    ready21 <=1'b1;
                    ready22 <=1'b1;
                  end 
          end
  
  always @(   addr1 or  buf1 or  datai)
       if (addr1>2**29)
          di1 <=buf1;
        else 
          di1 <=datai;
 
  always @(   addr2 or  buf1 or  buf2)
       if (addr2>2**29)
          di2 <=buf1;
        else 
          di2 <=buf2;
 
  always @(     addr2 or  addr3 or  do1 or  do2 or  do3)
       if ((do1<2**30)&(do2<2**30)&(do3<2**30))
          address2 <=addr3;
        else 
          address2 <=addr2;
 
  always @(              buf2 or  do3 or  addr1 or  wr3 or  dc3 or  mio3 or  ads1 or  ads3 or  ready1 or  ready2 or  ready11 or  ready12 or  ready21 or  ready22)
       begin 
         di3 <=buf2;
         datao <=do3;
         address1 <=addr1;
         wr <=wr3;
         dc <=dc3;
         mio <=mio3;
         ast1 <=ads1;
         ast2 <=ads3;
         rdy1 <=ready11&ready1;
         rdy2 <=ready12&ready21;
         rdy3 <=ready22&ready2;
       end
  
  b15 P1(be1,addr1,wr1,dc1,mio1,ads1,di1,do1,clock,na,bs16,rdy1,hold,reset); 
  b15 P2(be2,addr2,wr2,dc2,mio2,ads2,di2,do2,clock,na,bs16,rdy2,hold,reset); 
  b15 P3(be3,addr3,wr3,dc3,mio3,ads3,di3,do3,clock,na,bs16,rdy3,hold,reset); 
endmodule
 
module b18 (
  input clock,
  input reset,
  input hold,
  input na,
  input bs,
  input sel,
  output reg  [19:0] dout,
  input [31:0] din,
  output reg  [2:0] aux) ; 
   integer di1 ;  
   integer di2 ;  
   wire [31:0] do1 ;  
   wire [31:0] do2 ;  
   integer td1 ;  
   integer td2 ;  
   integer di3 ;  
   integer di4 ;  
   wire [31:0] do3 ;  
   wire [31:0] do4 ;  
   reg [29:0] tad1 ;  
   reg [29:0] tad2 ;  
   wire [29:0] ad11 ;  
   wire [29:0] ad12 ;  
   wire [29:0] ad21 ;  
   wire [29:0] ad22 ;  
   wire [19:0] ad31 ;  
   wire [19:0] ad41 ;  
   reg [19:0] tad3 ;  
   reg [19:0] tad4 ;  
   wire wr1 ;  
   wire wr2 ;  
   wire wr3 ;  
   wire wr4 ;  
   wire dc1 ;  
   wire dc2 ;  
   wire mio1 ;  
   wire mio2 ;  
   wire as11 ;  
   wire as12 ;  
   wire as21 ;  
   wire as22 ;  
   reg r11 ;  
   reg r12 ;  
   reg r21 ;  
   reg r22 ;  
   wire rd3 ;  
   wire rd4 ;  
  b17 P1(clock,reset,di1,do1,hold,na,bs,ad11,ad12,wr1,dc1,mio1,as11,as12,r11,r12); 
  b17 P2(clock,reset,di2,do2,hold,na,bs,ad21,ad22,wr2,dc2,mio2,as21,as22,r21,r22); 
  b14 P3(clock,reset,ad31,di3,do3,rd3,wr3); 
  b14 P4(clock,reset,ad41,di4,do4,rd4,wr4); 
  always @(                                do1 or  rd3 or  wr1 or  mio1 or  dc1 or  as12 or  do2 or  rd4 or  wr2 or  mio2 or  dc2 or  as22 or  as21 or  as11 or  wr3 or  ad31 or  tad2 or  wr4 or  ad41 or  tad1 or  do3 or  do4 or  ad11 or  ad12 or  ad21 or  ad22 or  tad3 or  tad4 or  sel or  din or  td1 or  td2)
       begin 
         di3 <=do1%2**20;
         r12 <=(~(rd3&wr1&mio1&dc1&(~as12)));
         di4 <=do2;
         r22 <=(~(rd4&wr2&mio2&dc2&(~as22)));
         r11 <=as21;
         r21 <=as11;
         if (wr3==1'b1)
            tad3 <=ad31;
          else 
            tad3 <=tad2%2**20;
         if (wr4==1'b1)
            tad4 <=ad41;
          else 
            tad4 <=tad1%2**20;
         if (do3>2**28)
            tad1 <=ad11;
          else 
            tad1 <=ad12;
         if (do4>2**29)
            tad2 <=ad21;
          else 
            tad2 <=ad22;
         dout <=(tad3*tad4)%2**19;
         if (sel==1'b0)
            begin 
              td1 <=0;
              td2 <=din;
            end 
          else 
            begin 
              td1 <=din;
              td2 <=0;
            end 
         di1 <=do4*td1;
         di2 <=do3*td2;
         aux <=(tad1*tad2)%2**3;
       end
  
endmodule
 
module b19 (
  input clock,
  input reset,
  input bs,
  input na,
  input hold,
  input [10:0] in1,
  input [10:0] in2,
  input [19:0] in3,
  output reg  [29:0] ris) ; 
   reg sel1 ;  
   reg sel2 ;  
   wire [19:0] do1 ;  
   wire [19:0] do2 ;  
   integer di1 ;  
   integer di2 ;  
   wire [2:0] ax1 ;  
   wire [2:0] ax2 ;  
  b18 P1(clock,reset,hold,na,bs,sel1,do1,di1,ax1); 
  b18 P2(clock,reset,hold,na,bs,sel2,do2,di2,ax2); 
  always @(  posedge clock or  posedge reset)
       if (reset==1'b1)
          begin 
            sel1 <=1'b0;
            sel2 <=1'b0;
          end 
        else 
          begin 
            if (do1==39)
               sel2 <=1'b1;
             else 
               if (do1==1735)
                  sel2 <=1'b0;
            if (do2==398)
               sel1 <=1'b1;
             else 
               if (do2==1013)
                  sel1 <=1'b0;
          end
  
  always @(         sel1 or  sel2 or  in1 or  in2 or  in3 or  do1 or  do2 or  ax1 or  ax2)
       begin 
         if (sel1==1'b0&sel2==1'b1)
            begin 
              di1 <=in1/2;
              di2 <=in2/16;
            end 
          else 
            begin 
              di1 <=in1/2;
              di2 <=in2/8;
            end 
         ris <=((ax1-ax2)*do1)-((ax1-ax2)*do2);
       end
  
endmodule